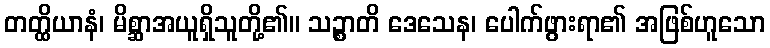
တတ္ထိယာနံ၊ မိစ္ဆာအယူရှိသူတို့၏။ သဉ္စာတိ ဒေသေန၊ ပေါက်ဖွားရာ၏ အဖြစ်ဟူသော